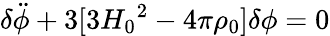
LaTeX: {\delta}\ddot{\phi}+3[3{H_{0}}^{2}-4{\pi}{\rho}_{0}]{\delta}{\phi}=0